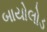
બાયોલોડ